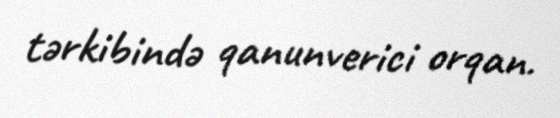
tərkibində qanunverici orqan.